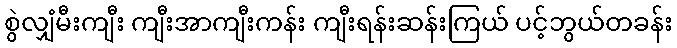
စွဲလျှံမီးကျီး ကျီးအာကျီးကန်း ကျီးရန်းဆန်းကြယ် ပင့်ဘွယ်တခန်း